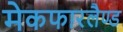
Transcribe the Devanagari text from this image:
मेकफारलैण्ड